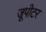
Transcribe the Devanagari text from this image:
जूपीटर